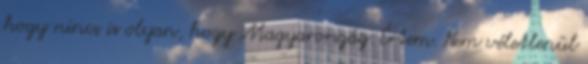
hogy nincs is olyan, hogy Magyarország. Értem. Nem véletlenül